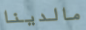
مالدينا